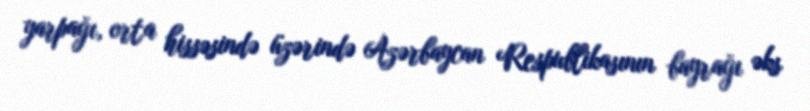
yarpağı, orta hissəsində üzərində Azərbaycan Respublikasının bayrağı əks